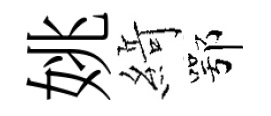
姚𦂶鄂